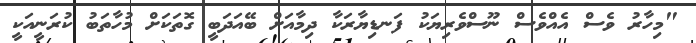
"މިހާރު ވެސް އެއްވެސް ނޫސްވެރިޔަކު ފަނޑިޔާރަކާ ދިމާއަށް ބޭއަދަބީ ގޮތަކަށް މުހާތަބު ކުރަނީއަކީ